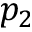
p _ { 2 }